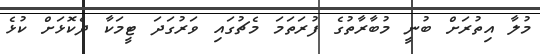
މުލާ އިތުރަށް ބުނީ މުބާރާތުގެ ފުރަތަމަ މެޗުގައި ވަރުގަދަ ޓީމަކާ ދެކޮޅަށް ކުޅެ